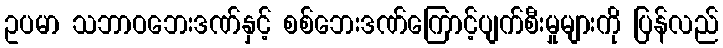
ဥပမာ သဘာဝဘေးဒဏ်နှင့် စစ်ဘေးဒဏ်ကြောင့်ပျက်စီးမှုများကို ပြန်လည်